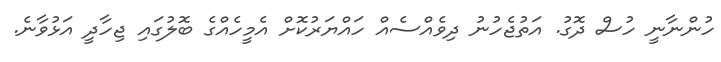
ހުންނާނީ ހުސް ދޮގު. އަތުޖެހުނު ދިވެއްސެއް ހައްޔަރުކޮށް އެމީހެއްގެ ބޮލުގައި ޖިހާދީ އަޅުވާނެ.